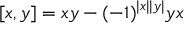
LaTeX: [ x , y ] = x y - ( - 1 ) ^ { | x | | y | } y x